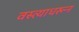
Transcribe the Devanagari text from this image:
वस्त्याधरून